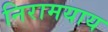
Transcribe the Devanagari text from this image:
निरामयाय